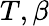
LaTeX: T,\beta